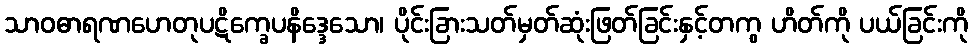
သာဝဓာရဏဟေတုပဋိက္ခေပနိဒ္ဒေသော၊ ပိုင်းခြားသတ်မှတ်ဆုံးဖြတ်ခြင်းနှင့်တကွ ဟိတ်ကို ပယ်ခြင်းကို